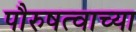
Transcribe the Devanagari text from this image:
पौरुषत्वाच्या